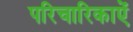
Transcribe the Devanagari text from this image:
परिचारिकाऐं